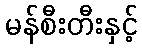
မန်စီးတီးနှင့်